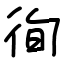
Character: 徇